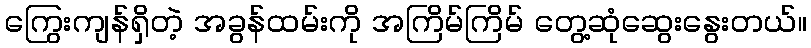
ကြွေးကျန်ရှိတဲ့ အခွန်ထမ်းကို အကြိမ်ကြိမ် တွေ့ဆုံဆွေးနွေးတယ်။